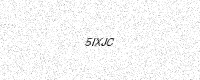
Text: 5IXJC